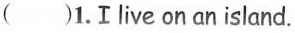
( )1.Ⅰlive on an island.